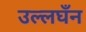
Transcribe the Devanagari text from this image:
उल्लघँन